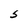
Character: S